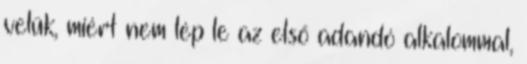
velük, miért nem lép le az első adandó alkalommal,